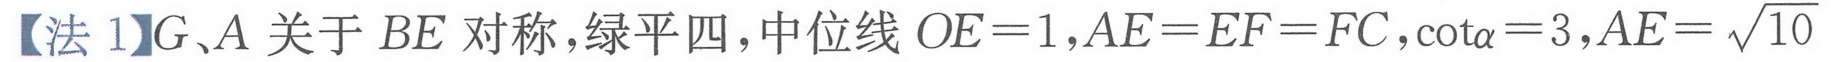
【法 1】\(G\)、\(A\)关于 \(BE\) 对称，绿平四，中位线 \(OE = 1\)，\(AE = EF = FC\)，\(\cot\alpha=3\)，\(AE=\sqrt{10}\)